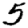
Digit: 5